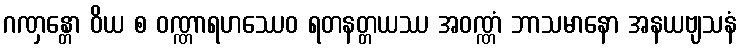
ဂဏှန္တော ဝိယ စ ဝဏ္ဏာရဟဿေဝ ရတနတ္တယဿ အဝဏ္ဏံ ဘာသမာနော အနယဗျသနံ